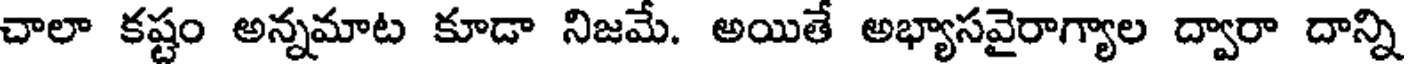
చాలా కష్టం అన్నమాట కూడా నిజమే. అయితే అభ్యాసవైరాగ్యాల ద్వారా దాన్ని